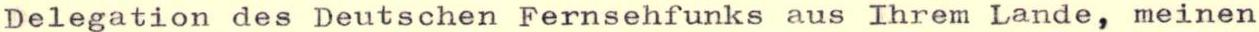
Delegation des Deutschen Fernsehfunks aus Ihrem Lande, meinen